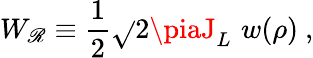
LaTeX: W_{\mathscr{R}}\equiv\frac{1}{2}\sqrt{}{{2\piaJ_{L}}}\, \, w(\rho)\ ,